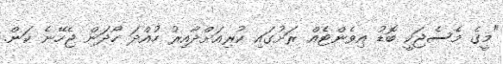
"މީގެ މެސެޖަކީ ބޮޑު އިވެންޓެއް ރަށުގައި ކުރިއަށްދާއިރު ހުއްދަ ހޯދަން ޖެހޭނެ ކަން.